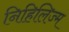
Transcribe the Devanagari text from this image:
निहिलिज्म